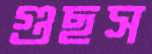
গুছস